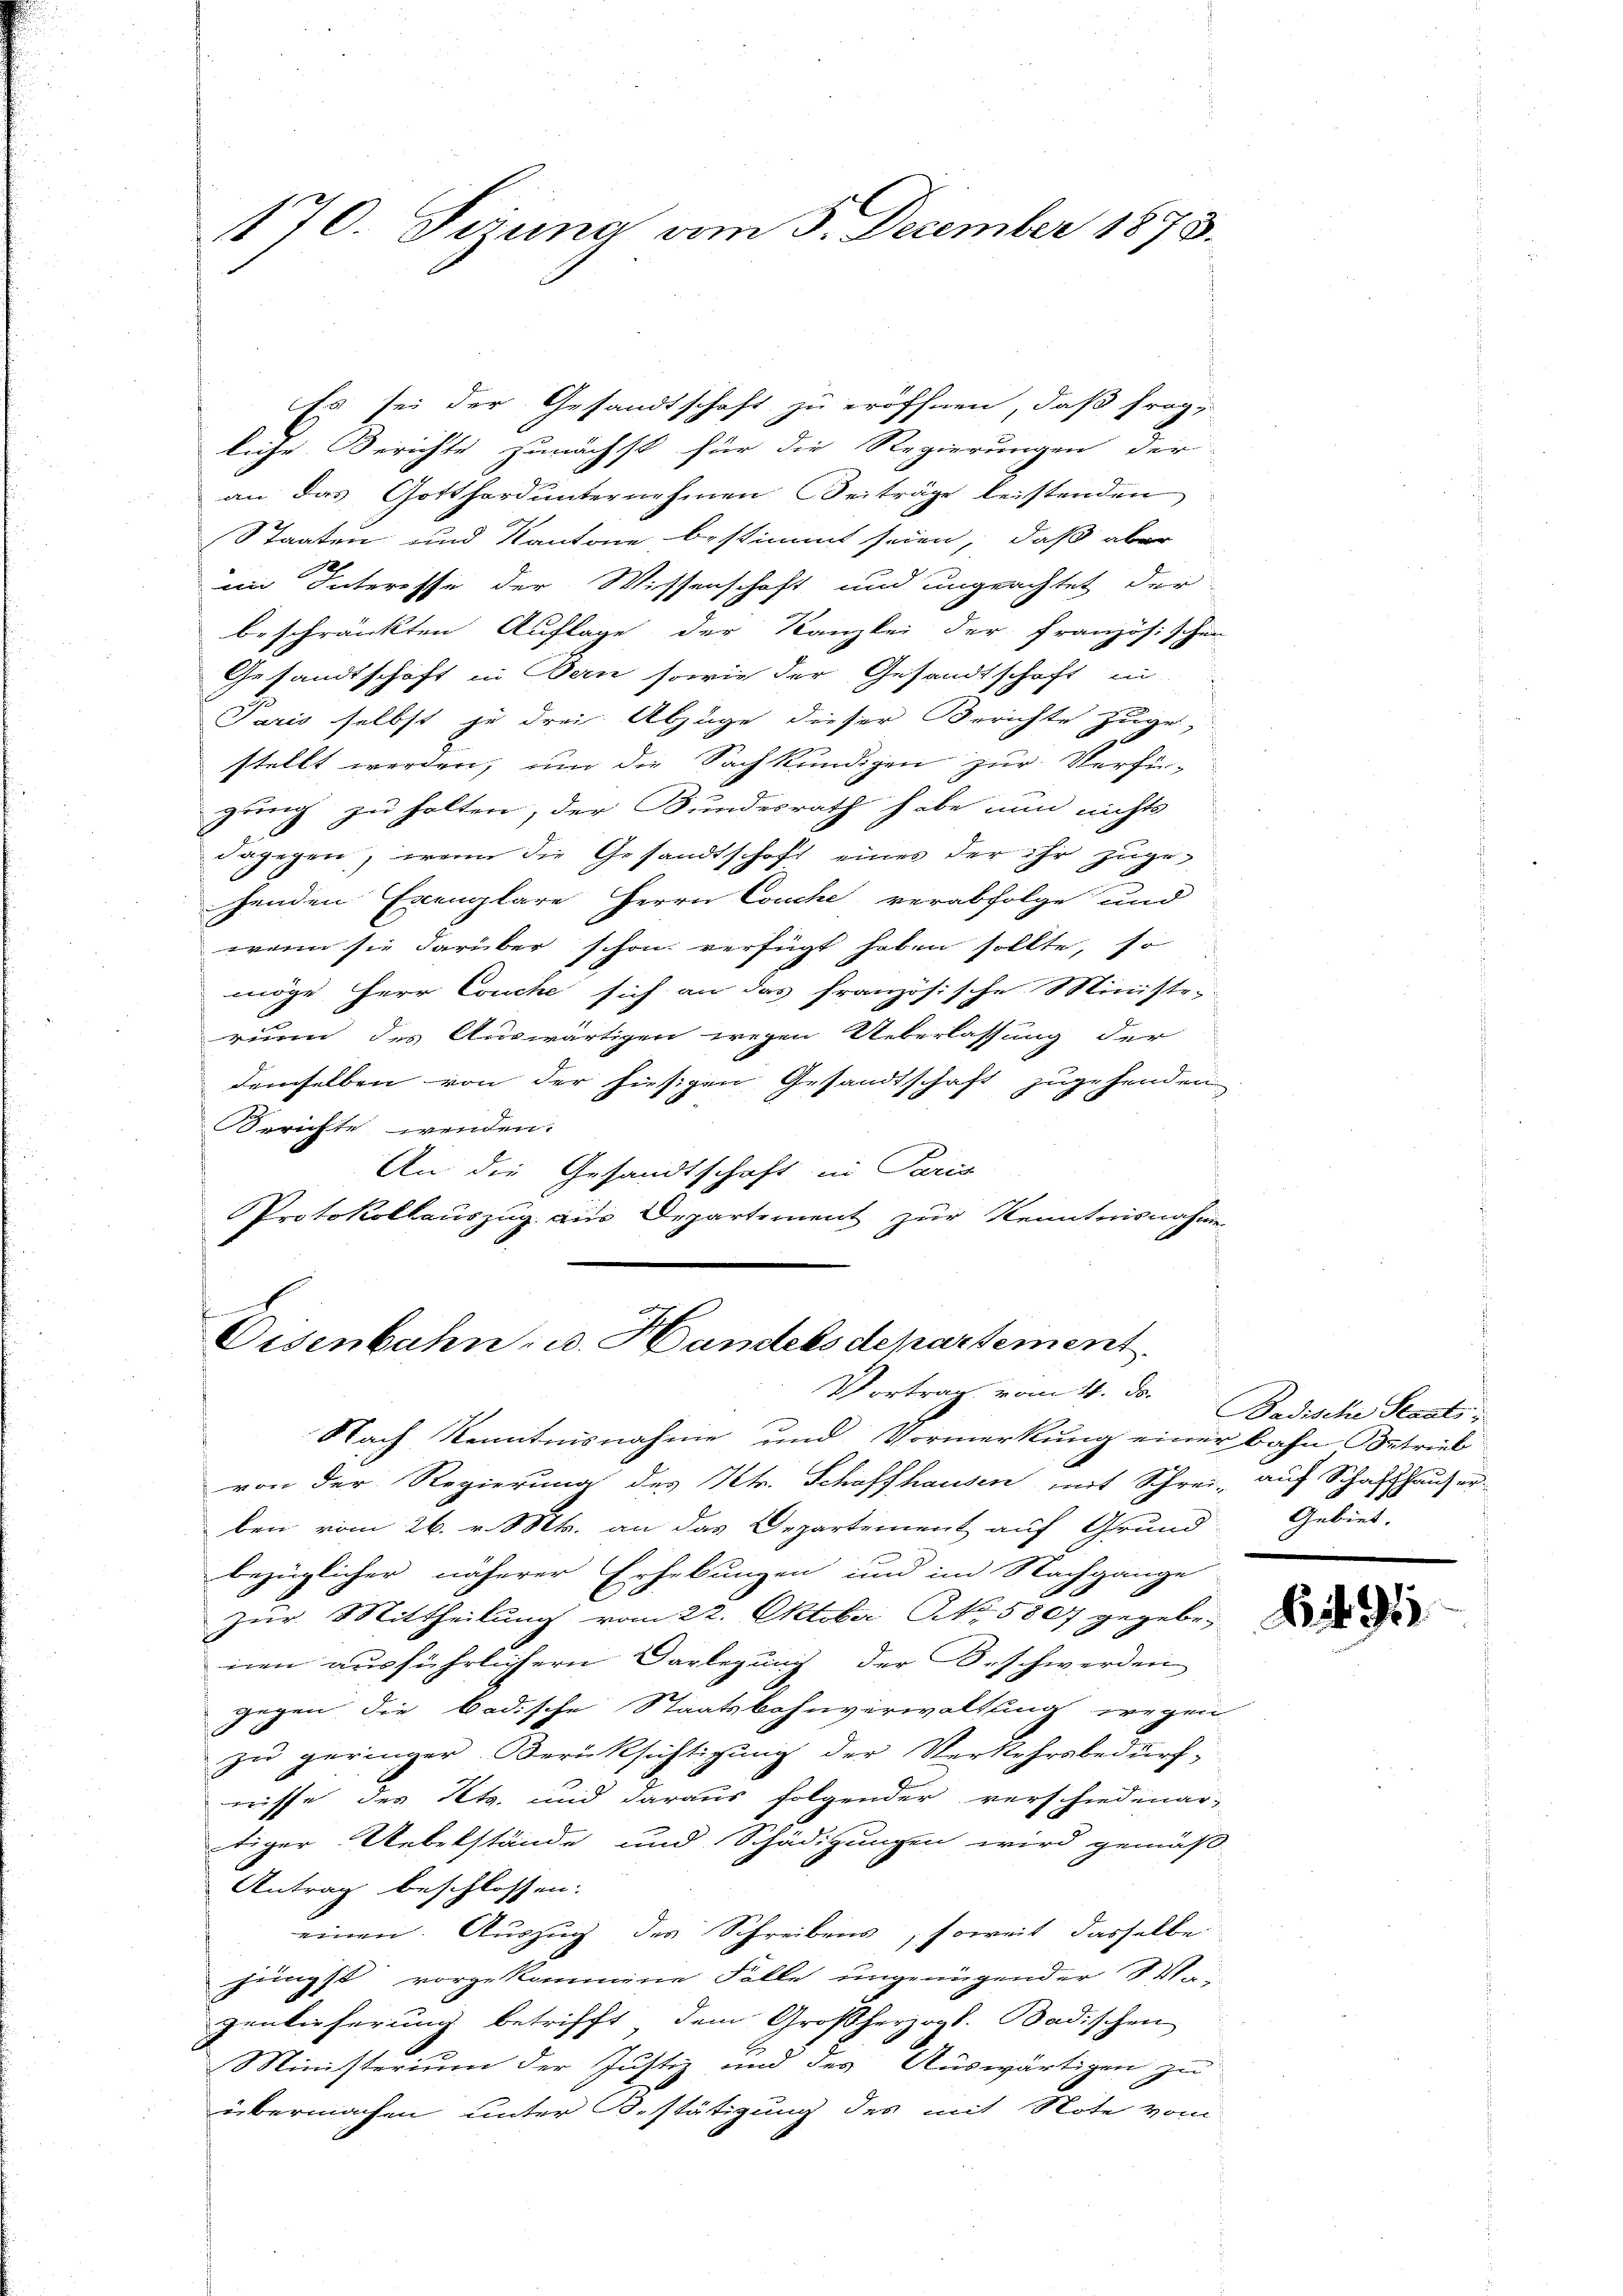
170. Sizung vom 5. December 1873.

Es sei der Gesandtschaft zu eröffnen, daß frage
liche Berichte zunächst für die Regierungen der
an das Gotthard unternehmen Beiträge leistenden
Staaten und Kantone bestimmt seien, daß aber
im Interesse der Wissenschaft und ungeachtet der
beschränkten Auflage der Kanzlei der Französischen
Gesandtschaft in Bern sowie der Gesandtschaft in
Paris selbst je drei Abzüge dieser Berichte zuge,
stellt werden, um die Sachkundigen zur Verfü-
zung zu halten, der Bundesrath habe nun nichts
dagegen, wenn die Gesandtschaft eines der ihr zugehenden Exemplare Herrn Couche verabfolge und
wenn sie darüber schon verfügt haben sollte, so
möge Herr Couche sich an das französische Ministe,
runn des Auswärtigen wegen Ueberlassung der
demselben von der hiesigen Gesandtschaft zugehenden.
Berichte wenden.
An die Gesandtschaft in Paris
Protokollauszug aus Departement zur Kenntnisnahme

.
Oisenbahn, u. Handels departement
Vortrag vom 4. ds.

Nach Kenntnisnahme und Vormerkung einer bahn Betrieb
von der Regierung des Kt. Schaffhausen mit Schrei- auf Schaffhauser
ben vom 26. v. Mts. an das Departement auf Grund Gebiet.
bezüglicher näherer Erhebungen und im Nachgange
E
zur Mittheilung vom 22. Oktober No. 5807 gegebenen ausführlichern Vorlegung der Beschwerden
gegen die badische Staatsbahnverwaltung wegen
zu geringer Berücksichtigung der Verkehrsbedürfrrisse des Kts. und daraus folgender verschiedenar-
tiger Uebelstände und Schädigungen wird gemäß
Antrag beschlossen.
einen Auszug des Schreibens, soweit dasselbe
jüngst vorgekommene Falle ungenügender Va-
zentieferung betrifft, dem Großherzogl. Badischen
Ministerium der Justiz und des Auswärtigen zu
übermachen unter Bestätigung des mit Note vom

Badische Staats

B94